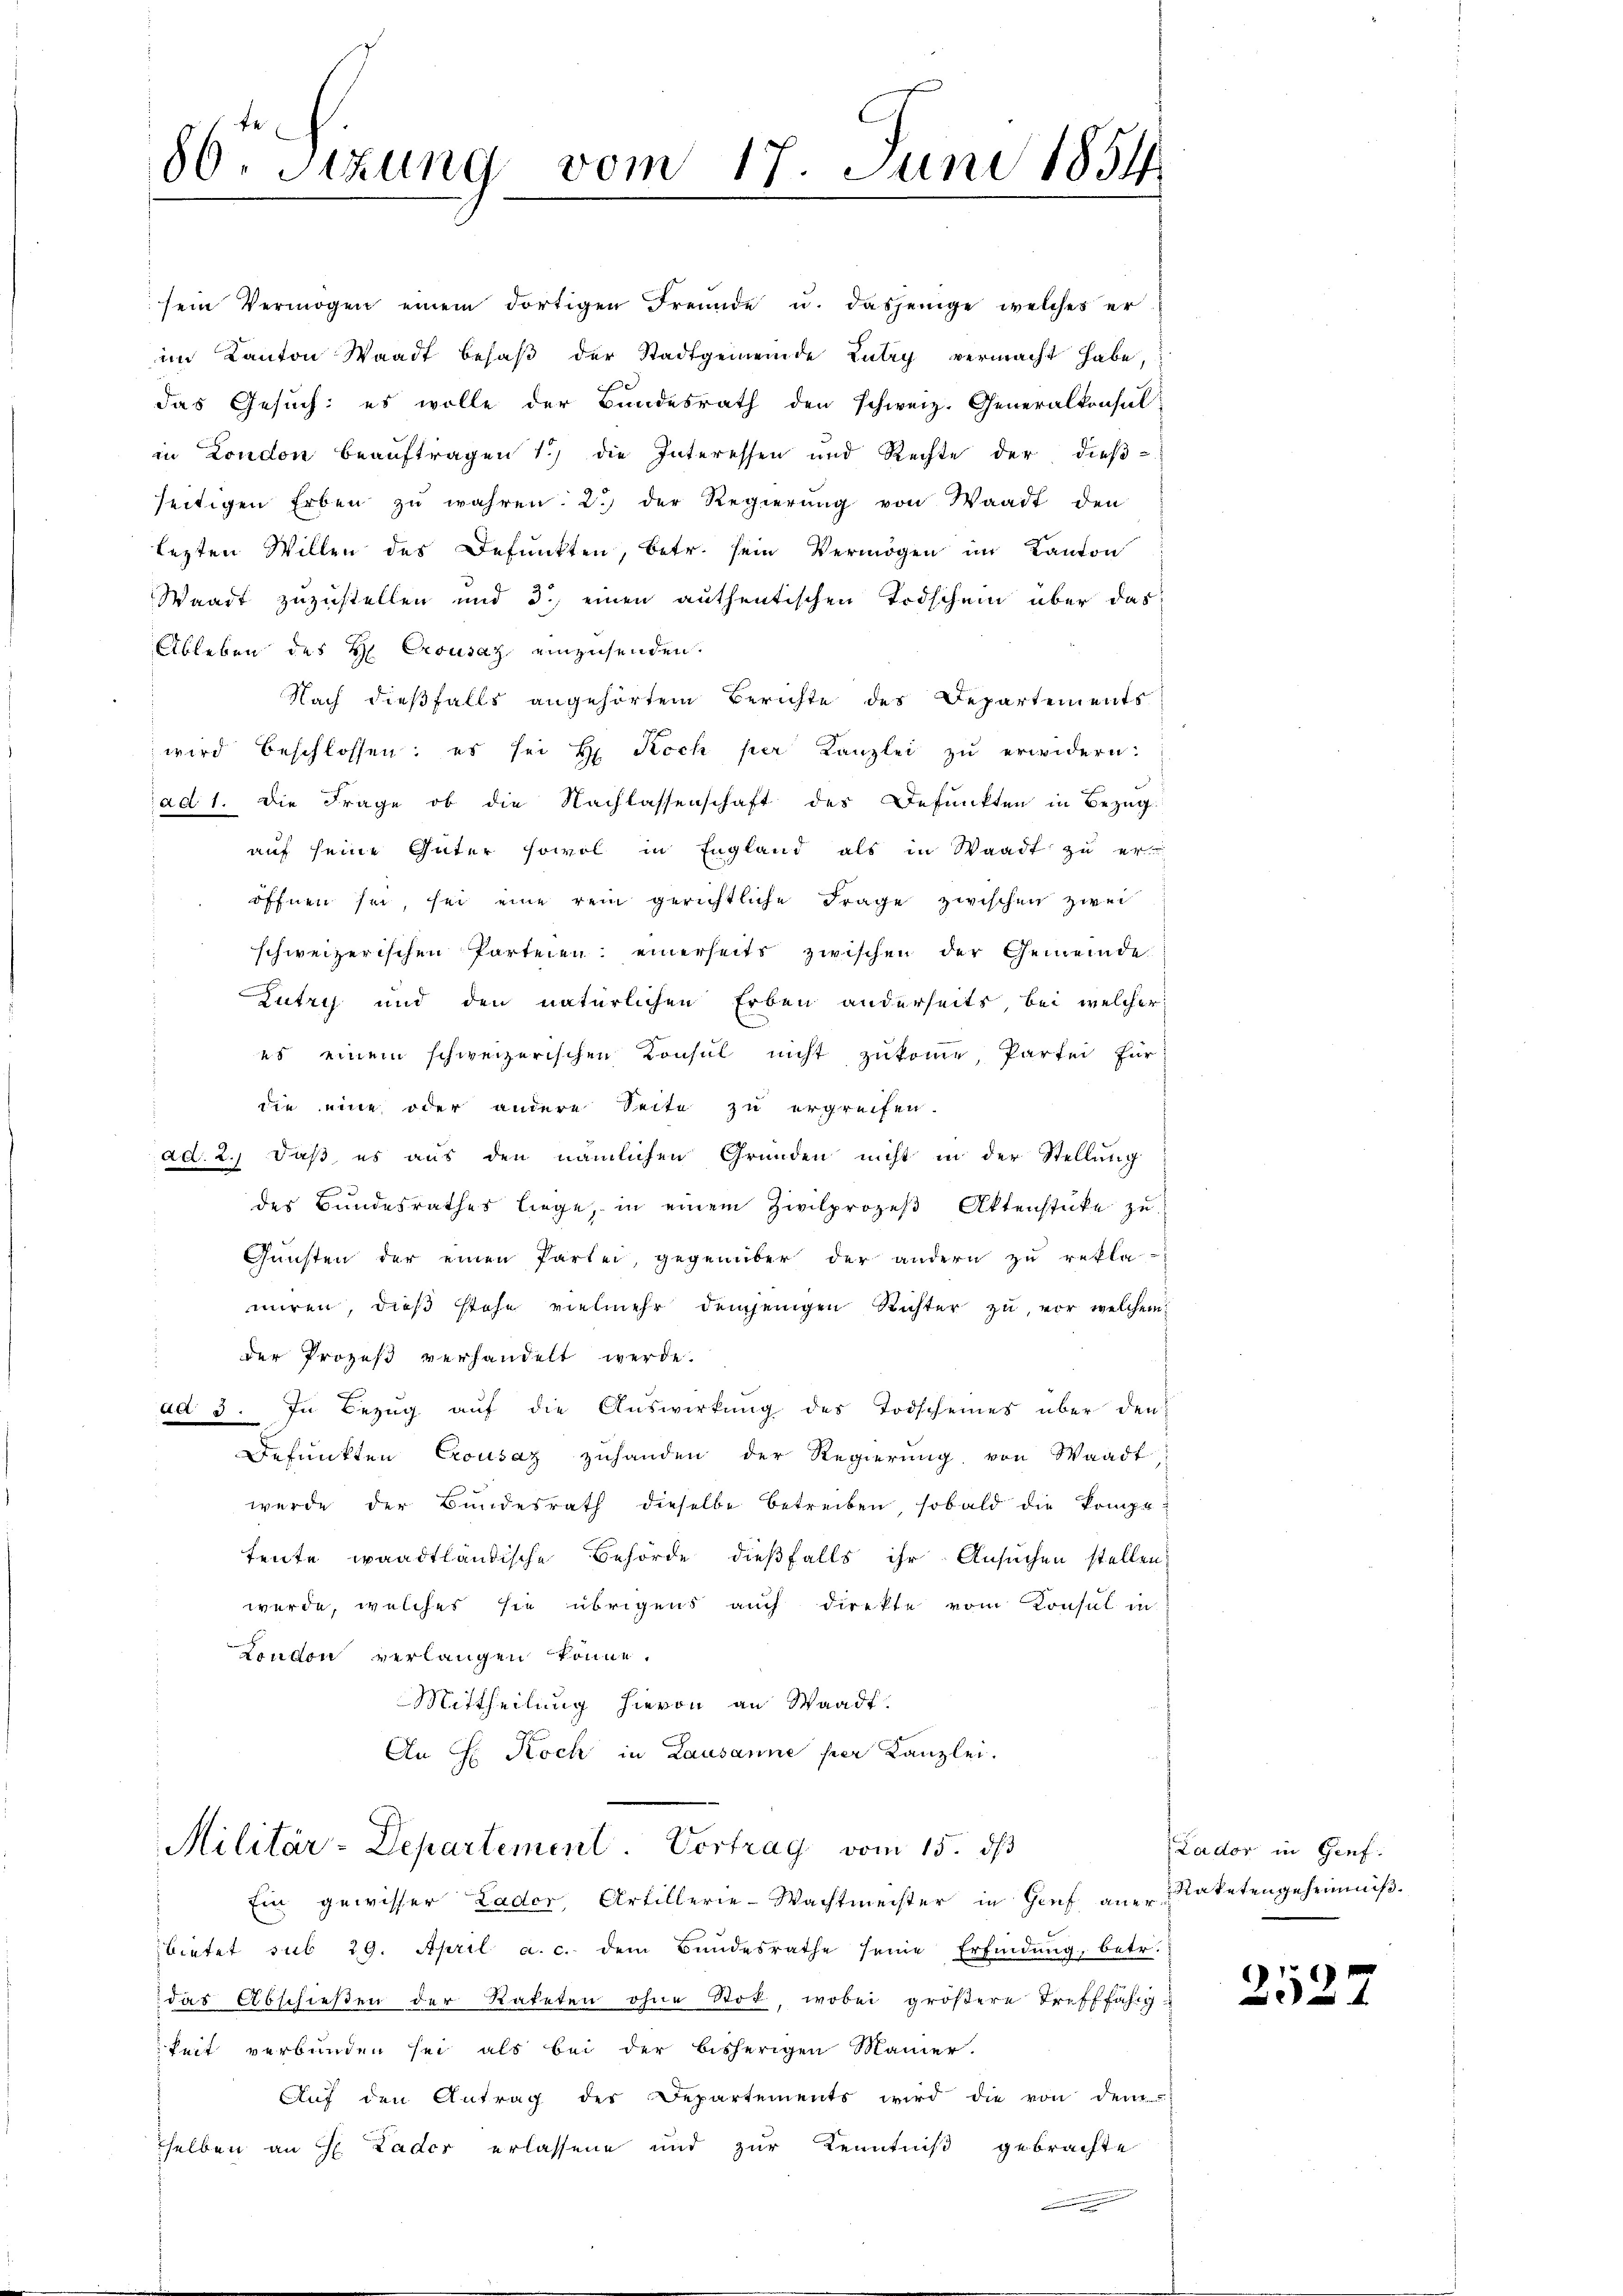
86 Sizung vom 17. Juni 1854.

sein Vermögen einem dortigen Freunde u. dasjenige welches er
im Kanton Waadt besaß der Stadtgemeinde Lutry vermacht habe,
das Gesuch: es wolle der Bundesrath den Schweiz. Generalkonsul
in London beauftragen 1) die Interessen und Rechte der dieß-
seitigen Erben zu wahren. 2.) der Regierung von Waadt den
lezten Willen des Defunkten, betr. sein Vermögen im Kanton
Waadt zuzustellen und 3., einen authentischen Todschein über das
Ableben des H. Crousaz einzusenden.
Nach dießfalls angehörtem Berichte des Departements
wird beschlossen: es sei H. Koch per Kanzlei zu erwidern:
ad 1. Die Frage ob die Nachlassenschaft des Defunkten in Bezug
auf seine Güter sowol in England als in Waadt zu eröffnen sei, sei eine rein gerichtliche Frage zwischen zwei
schweizerischen Parteien einerseits zwischen der Gemeinde
Lutry und den natürlichen Erben anderseits, bei welcher
es einem schweizerischen Konsul nicht zukomme, Partei für
n
die eine oder andere Seite zu ergreifen.
ad. 2.) Daß es aus den nämlichen Gründen nicht in der Stellung
des Bundesrathes liege, in einem Zivilprozeβ Aktenstücke zu
Gunsten der einen Partei, gegenüber der andern zu rekla-
miren, dieß stehe vielmehr demjenigen Richter zu, vor welchem
 der Prozeß verhandelt werde.
ad 3. In Bezug auf die Auswirkung des Todscheines über den
Defunkten Crousaz zuhanden der Regierung von Waadt
werde der Bundesrath dieselbe betreiben, sobald die kompe¬
Leute waadtländische Behörde dießfalls ihr Ansuchen stellen,
werde, welches sie übrigens auch direkte vom Konsul in
London verlangen könne.
Mittheilung hievon an Waadt.
An H. Koch in Lausanne per Kanzlei.

Militär-Departement. Vortrag vom 15. ds

Ein gewisser Lader, Artillerie-Wachtmeister in Genf an Ratetengeheimniß
bietet sub 29. April a. c. dem Bundesrathe seine Erfindung, betr.
das Abschießen der Rateten ohne Stot, wobei größere Trefffähigkeit verbunden sei als bei der bisherigen Manner-
Aŭf den Antrag des Departements wird die von dem
selben an H. Lader erlassene und zur Kenntniß gebrachte
¬
n

Lador in Genf.

2527